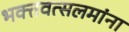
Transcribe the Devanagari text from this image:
भक्तवत्सलमांना